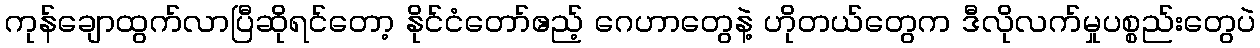
ကုန်ချောထွက်လာပြီဆိုရင်တော့ နိုင်ငံတော်ဧည့် ဂေဟာတွေနဲ့ ဟိုတယ်တွေက ဒီလိုလက်မှုပစ္စည်းတွေပဲ